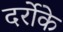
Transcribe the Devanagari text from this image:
दर्रोके